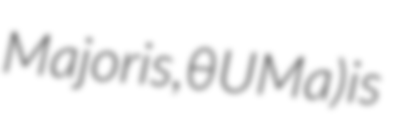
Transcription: Majoris, θ UMa) is